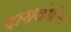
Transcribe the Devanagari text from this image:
दारासंगांना